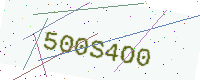
Text: 500S4O0